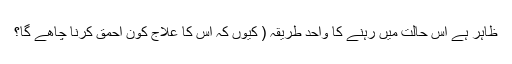
ظاہر ہے اِس حالت میں رہنے کا واحد طریقہ ( کیوں کہ اِس کا علاج کون احمق کرنا چاھے گا؟